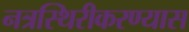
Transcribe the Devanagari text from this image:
नत्रस्थिरीकरण्यास